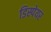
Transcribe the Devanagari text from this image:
डिस्पेयर